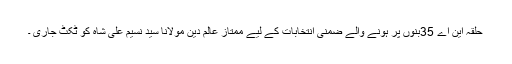
حلقہ این اے 35بنوں پر ہونے والے ضمنی انتخابات کے لیے ممتاز عالم دین مولانا سید نسیم علی شاہ کو ٹکٹ جاری ۔